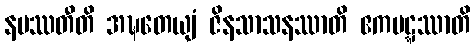
နပဿတီတိ အဍ္ဎတေယျံ ဇိနသာသနဿာတိ ဧကပဋ္ဋဿာတိ